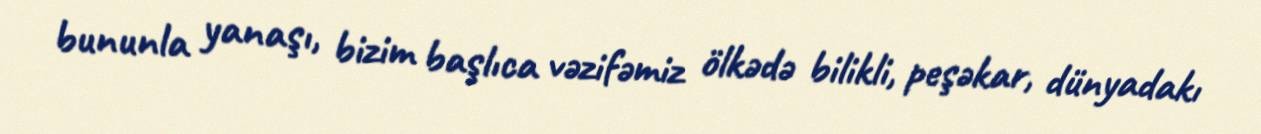
bununla yanaşı, bizim başlıca vəzifəmiz ölkədə bilikli, peşəkar, dünyadakı